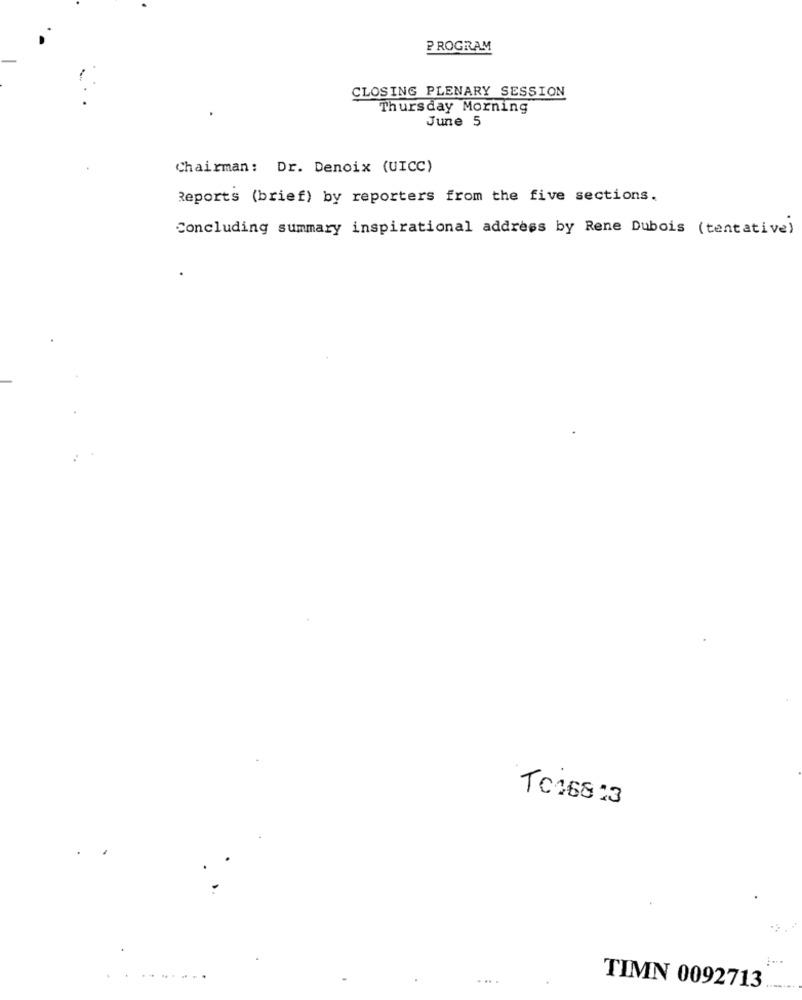
PROGRAM
CLOSING PLENARY SESSION
Thursday Morning
June 5
Chairman: Dr. Denoix (UICC)
Reports (brief) by reporters from the five sections.
Concluding summary inspirational address by Rene Dubois (tentative)
TC168 :3
....
TIMN 0092713